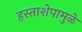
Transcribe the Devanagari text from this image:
हस्ताशेपामुळे